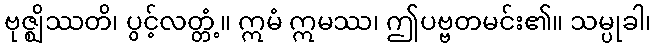
ဗုဇ္ဈိဿတိ၊ ပွင့်လတ္တံ့။ ဣမံ ဣမဿ၊ ဤပဗ္ဗတမင်း၏။ သမ္ပုခါ၊